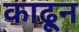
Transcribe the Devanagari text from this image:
काढू्न